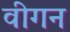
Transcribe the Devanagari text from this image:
वीगन